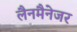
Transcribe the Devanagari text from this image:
लैनमैनेजर